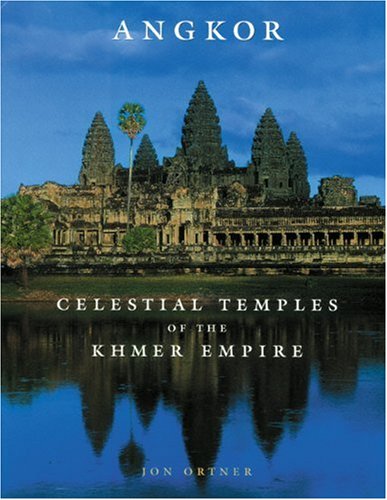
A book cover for Angkor: Celestial Temples of the Khmer; Jon Ortner; Travel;